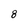
Character: 8